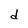
Character: d